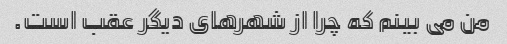
من می بینم که چرا از شهرهای دیگر عقب است.